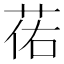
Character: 𫈈